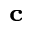
\bf _ { c }